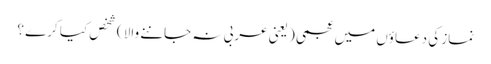
نماز کی دعاؤں میں عجمی ( یعنی عربی نہ جاننے والا ) شخص کیا کرے ؟